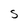
Character: s